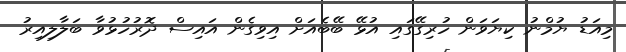
މިއަޑު ޔުމްނު ކިޔަވަން ހުރިގޭގައި އުޅޭ ބޭބެއަށް އިވިގެން އައިސް ދޮރުހުޅުވާ ބަލާލިއިރު